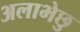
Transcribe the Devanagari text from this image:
अलाभेछु